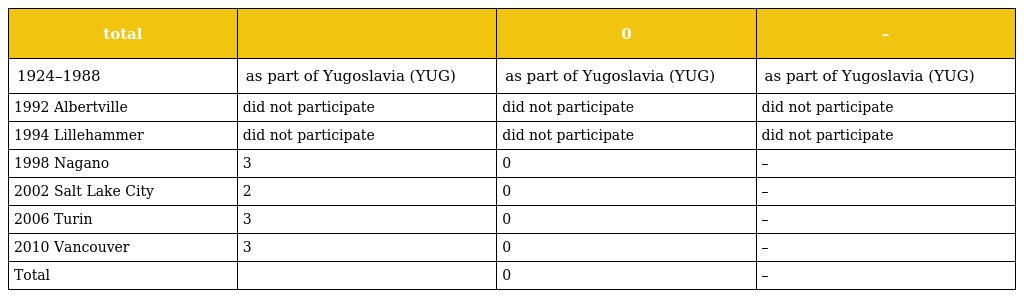
| total |  | 0 | – |
 | --- | --- | --- | --- |
 | 1924–1988 | as part of Yugoslavia (YUG) | as part of Yugoslavia (YUG) | as part of Yugoslavia (YUG) |
 | 1992 Albertville | did not participate | did not participate | did not participate |
 | 1994 Lillehammer | did not participate | did not participate | did not participate |
 | 1998 Nagano | 3 | 0 | – |
 | 2002 Salt Lake City | 2 | 0 | – |
 | 2006 Turin | 3 | 0 | – |
 | 2010 Vancouver | 3 | 0 | – |
 | Total |  | 0 | – |